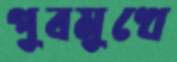
পুবমুখে